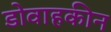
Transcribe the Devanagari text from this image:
डोवाहकीन